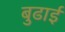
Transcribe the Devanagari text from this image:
बुढाई